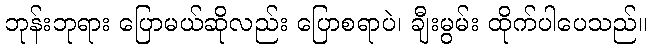
ဘုန်းဘုရား ပြောမယ်ဆိုလည်း ပြောစရာပဲ၊ ချီးမွမ်း ထိုက်ပါပေသည်။